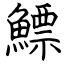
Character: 鰾